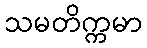
သမတိက္ကမာ